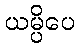
ယမ္ပိပေ